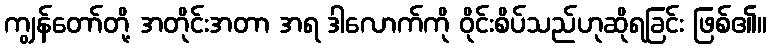
ကျွန်တော်တို့ အတိုင်းအတာ အရ ဒါလောက်ကို ဝိုင်းစိပ်သည်ဟုဆိုရခြင်း ဖြစ်၏။